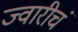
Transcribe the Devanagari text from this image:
ज्वारीचं